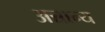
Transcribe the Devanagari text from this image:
अन्नान्य